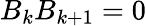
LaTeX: B_{k}B_{k+1}=0